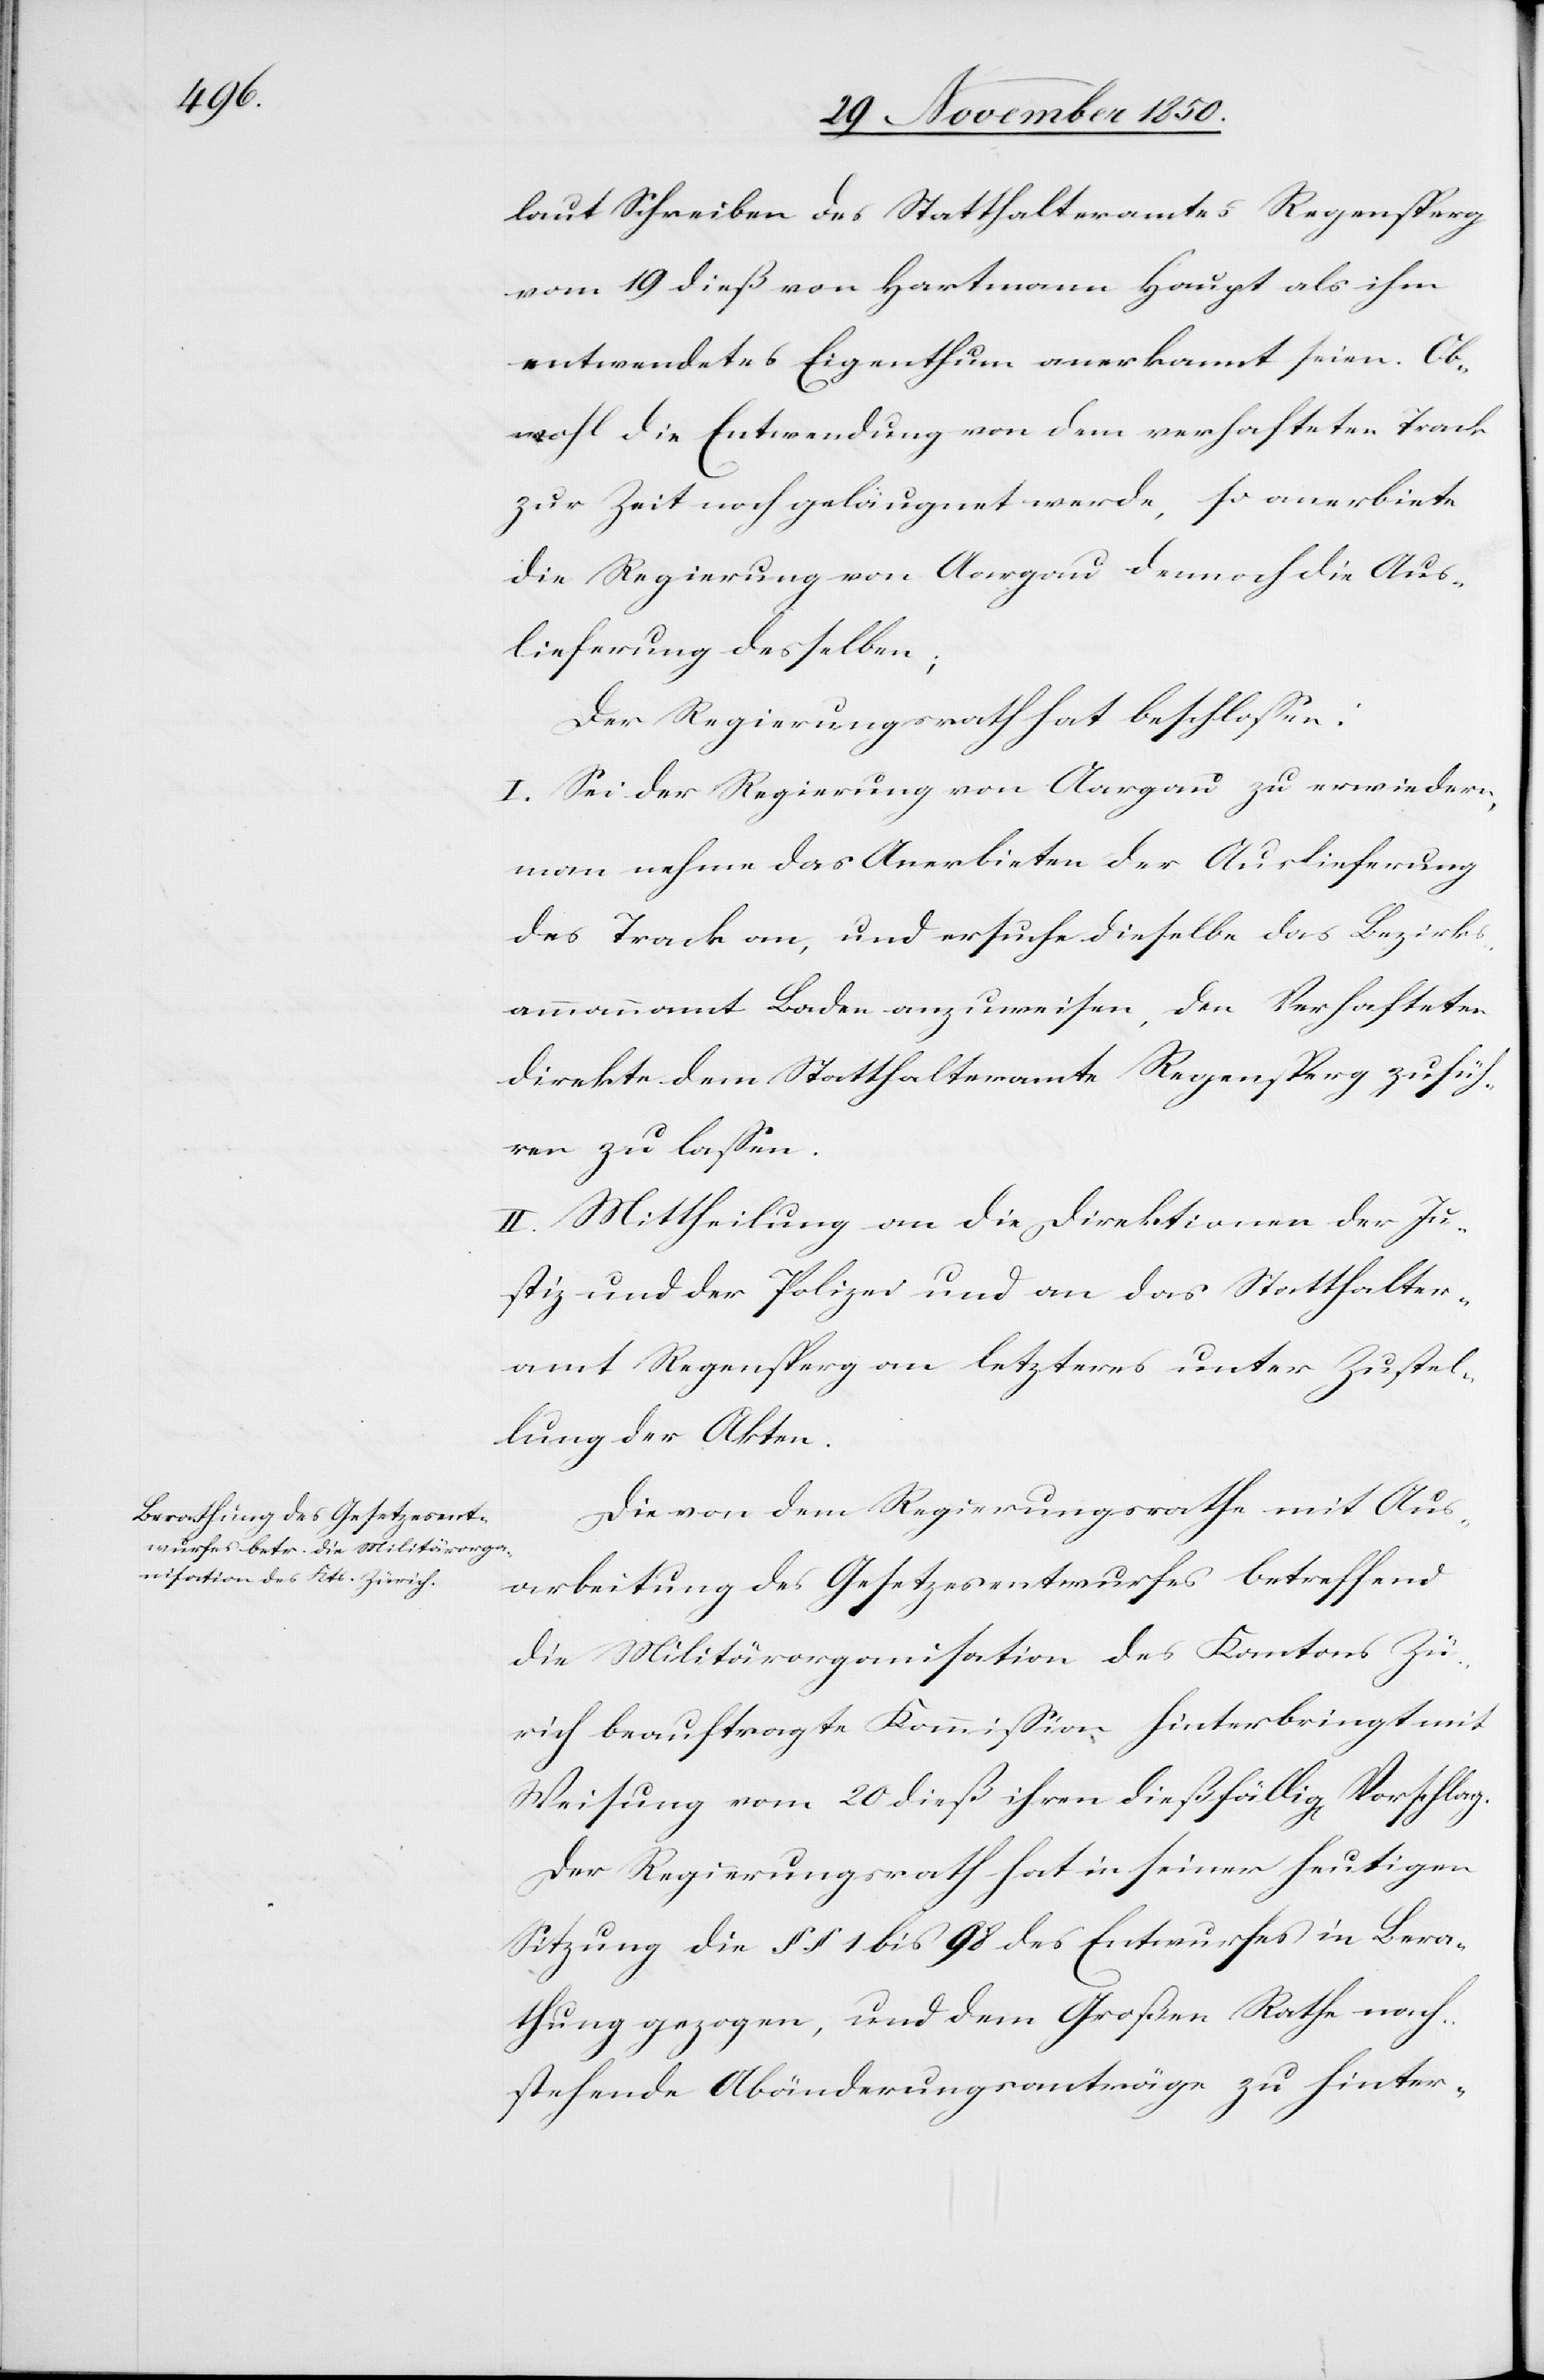
laut Schreiben des Statthalteramtes Regensperg
vom 19 dieß von Hartmann Haupt als ihm
entwendetes Eigenthum anerkannt seien. Ob¬
wohl die Entwendung von dem verhafteten Track
zur Zeit noch geläugnet werde, so anerbiete
die Regierung von Aargau dennoch die Aus¬
lieferung desselben;
Der Regierungsrath hat beschlossen:
I. Sei der Regierung von Aargau zu erwiedern,
man nehme das Anerbieten der Auslieferung
des Track an, und ersuche dieselbe das Bezirks¬
ammannamt Baden anzuweisen, den Verhafteten
direkte dem Statthalteramte Regensperg zufüh¬
ren zu lassen.
II. Mittheilung an die Direktionen der Ju¬
stiz und der Polizei und an das Statthalter¬
amt Regensperg an letzteres unter Zustel¬
lung der Akten.
Die von dem Regierungsrathe mit Aus¬
arbeitung des Gesetzesentwurfes betreffend
die Militärorganisation des Kantons Zü¬
rich beauftragte Kommission hinterbringt mit
Weisung vom 20 dieß ihren dießfällig[en] Vorschlag.
Der Regierungsrath hat in seiner heutigen
Sitzung die § § 1 bis 98 des Entwurfes in Bera¬
thung gezogen, und dem Großen Rathe nach¬
stehende Abänderungsanträge zu hinter-